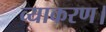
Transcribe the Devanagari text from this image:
व्याकरण।